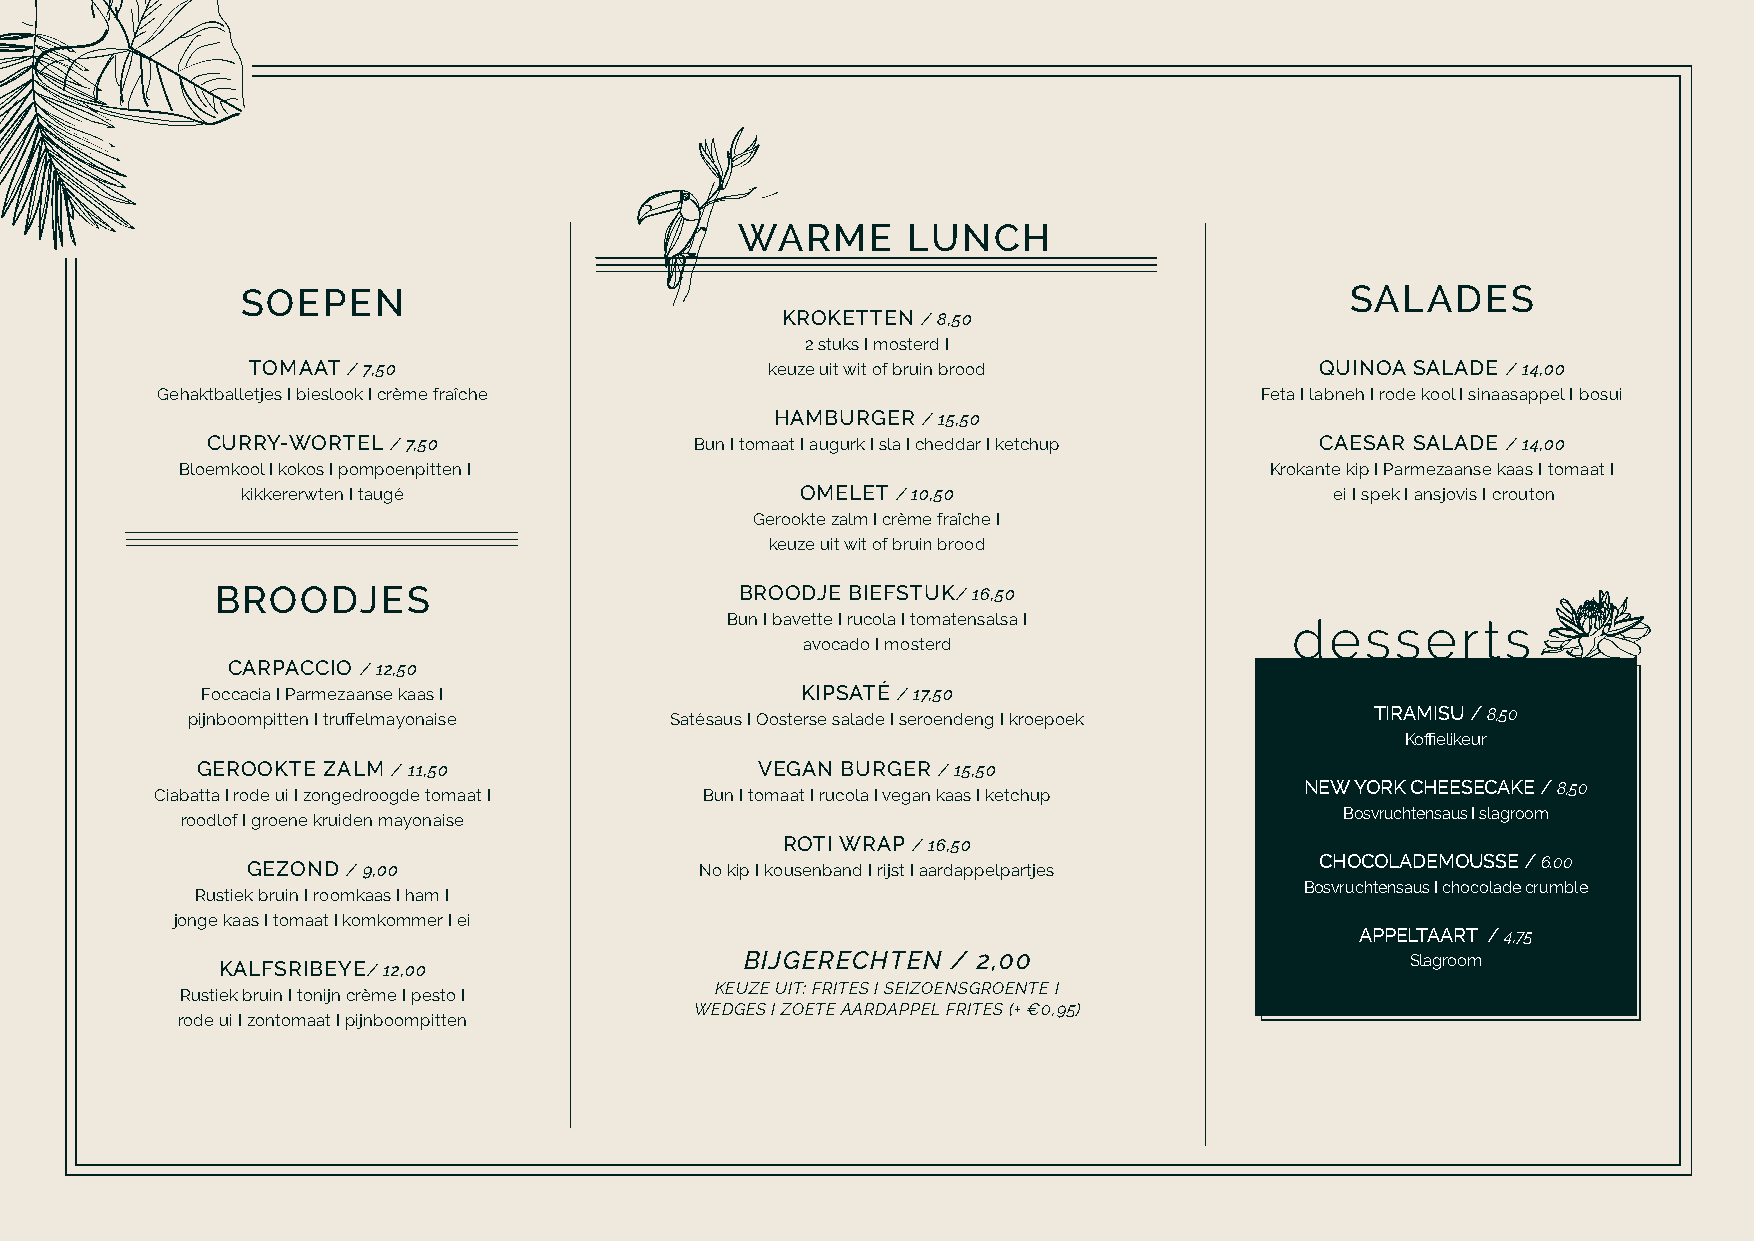
WARME      LUNCH
 SOEPEN                                                                   SALADES
 KROKETTEN / 8,50
 2 stuks I mosterd I
 TOMAAT / 7,50                     keuze uit wit of bruin brood        QUINOA SALADE / 14,00
 Gehaktballetjes I bieslook I crème fraîche                               Feta I labneh I rode kool I sinaasappel I bosui
 HAMBURGER / 15,50
 CURRY-WORTEL / 7,50             Bun I tomaat I augurk I sla I cheddar I ketchup CAESAR SALADE / 14,00
 Bloemkool I kokos I pompoenpitten I                                     Krokante kip I Parmezaanse kaas I tomaat I
 kikkererwten I taugé                 OMELET / 10,50                     ei I spek I ansjovis I crouton
 Gerookte zalm I crème fraȋche I
 keuze uit wit of bruin brood
 BROODJES                           BROODJE BIEFSTUK/ 16,50
 Bun I bavette I rucola I tomatensalsa I desserts
 avocado I mosterd
 CARPACCIO / 12,50
 Foccacia I Parmezaanse kaas I           KIPSATÉ / 17,50
 pijnboompitten I truffelmayonaise Satésaus I Oosterse salade I seroendeng I kroepoek TIRAMISU / 8,50
 Koffielikeur
 GEROOKTE ZALM / 11,50                VEGAN BURGER / 15,50
 NEW YORK CHEESECAKE / 8,50
 Ciabatta I rode ui I zongedroogde tomaat I Bun I tomaat I rucola I vegan kaas I ketchup
 Bosvruchtensaus I slagroom
 roodlof I groene kruiden mayonaise
 ROTI WRAP / 16,50
 GEZOND / 9,00                 No kip I kousenband I rijst I aardappelpartjes CHOCOLADEMOUSSE / 6.00
 Bosvruchtensaus I chocolade crumble
 Rustiek bruin I roomkaas I ham I
 jonge kaas I tomaat I komkommer I ei
 APPELTAART / 4,75
 KALFSRIBEYE/ 12,00                BIJGERECHTEN  / 2,00                        Slagroom
 KEUZE UIT: FRITES I SEIZOENSGROENTE I
 Rustiek bruin I tonijn crème I pesto I
 WEDGES I ZOETE AARDAPPEL FRITES (+ €0,95)
 rode ui I zontomaat I pijnboompitten